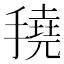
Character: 𢴽